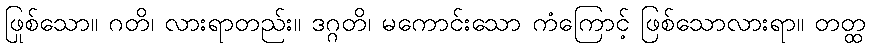
ဖြစ်သော။ ဂတိ၊ လားရာတည်း။ ဒုဂ္ဂတိ၊ မကောင်းသော ကံကြောင့် ဖြစ်သောလားရာ။ တတ္ထ